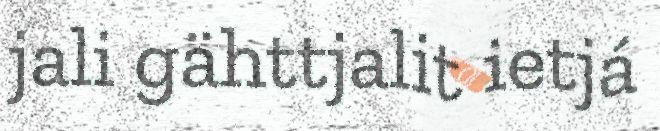
jali gähttjalit ietjá